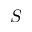
S